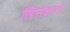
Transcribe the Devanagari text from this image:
खिसकाना